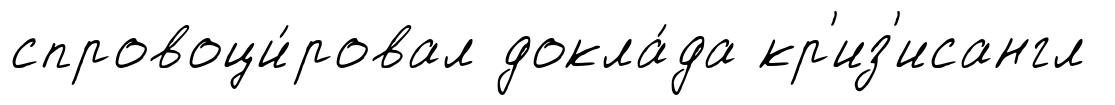
спровоци́ровал докла́да кр'из'исангл